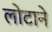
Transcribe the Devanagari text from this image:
लोटाने